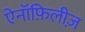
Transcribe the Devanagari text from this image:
ऐनॉफ़िलीज़